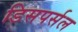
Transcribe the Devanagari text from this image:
डिसपर्सल